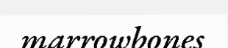
marrowbones